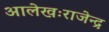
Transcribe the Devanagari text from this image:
आलेखःराजेन्द्र